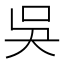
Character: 吳